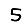
Digit: 5